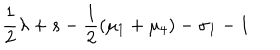
\frac { 1 } { 2 } \lambda + s - \frac { 1 } { 2 } ( \mu _ { 1 } + \mu _ { 4 } ) - \sigma _ { 1 } - 1